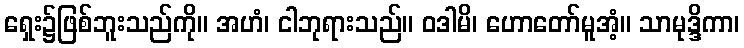
ရှေး၌ဖြစ်ဘူးသည်ကို။ အဟံ၊ ငါဘုရားသည်။ ဝဒါမိ၊ ဟောတော်မူအံ့။ သာမုဒ္ဒိကာ၊